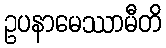
ဥပနာမေဿာမီတိ